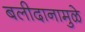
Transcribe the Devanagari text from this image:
बलीदानामुळे